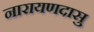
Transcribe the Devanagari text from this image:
नारायणदासु